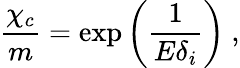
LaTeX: \frac{\chi_{c}}{m}=\exp\left(\frac{1}{E\delta_{i}}\right)~,